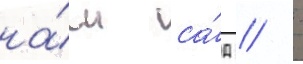
на́ш са́д / -